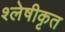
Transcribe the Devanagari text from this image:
श्लेषीकृत